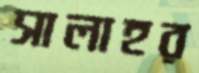
সালাহর